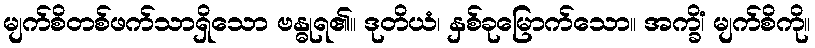
မျက်စိတစ်ဖက်သာရှိသော ဗန္ဓုရ၏။ ဒုတိယံ၊ နှစ်ခုမြောက်သော။ အက္ခိံ၊ မျက်စိကို။